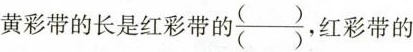
红彩带■黄彩带黄彩带的长是红彩带的\frac{（）}{（）}， 工彩带的